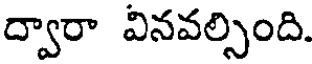
ద్వారా వినవల్సింది.